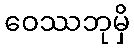
ဝေဿဘုမှိ